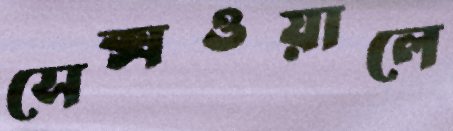
সেক্সওয়ালে